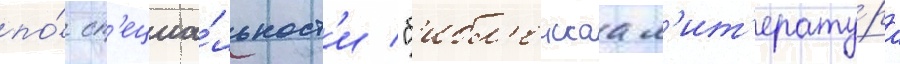
по́ сп'ециа́льност'и "б'ибл'еискаа л'ит'ерату́ра